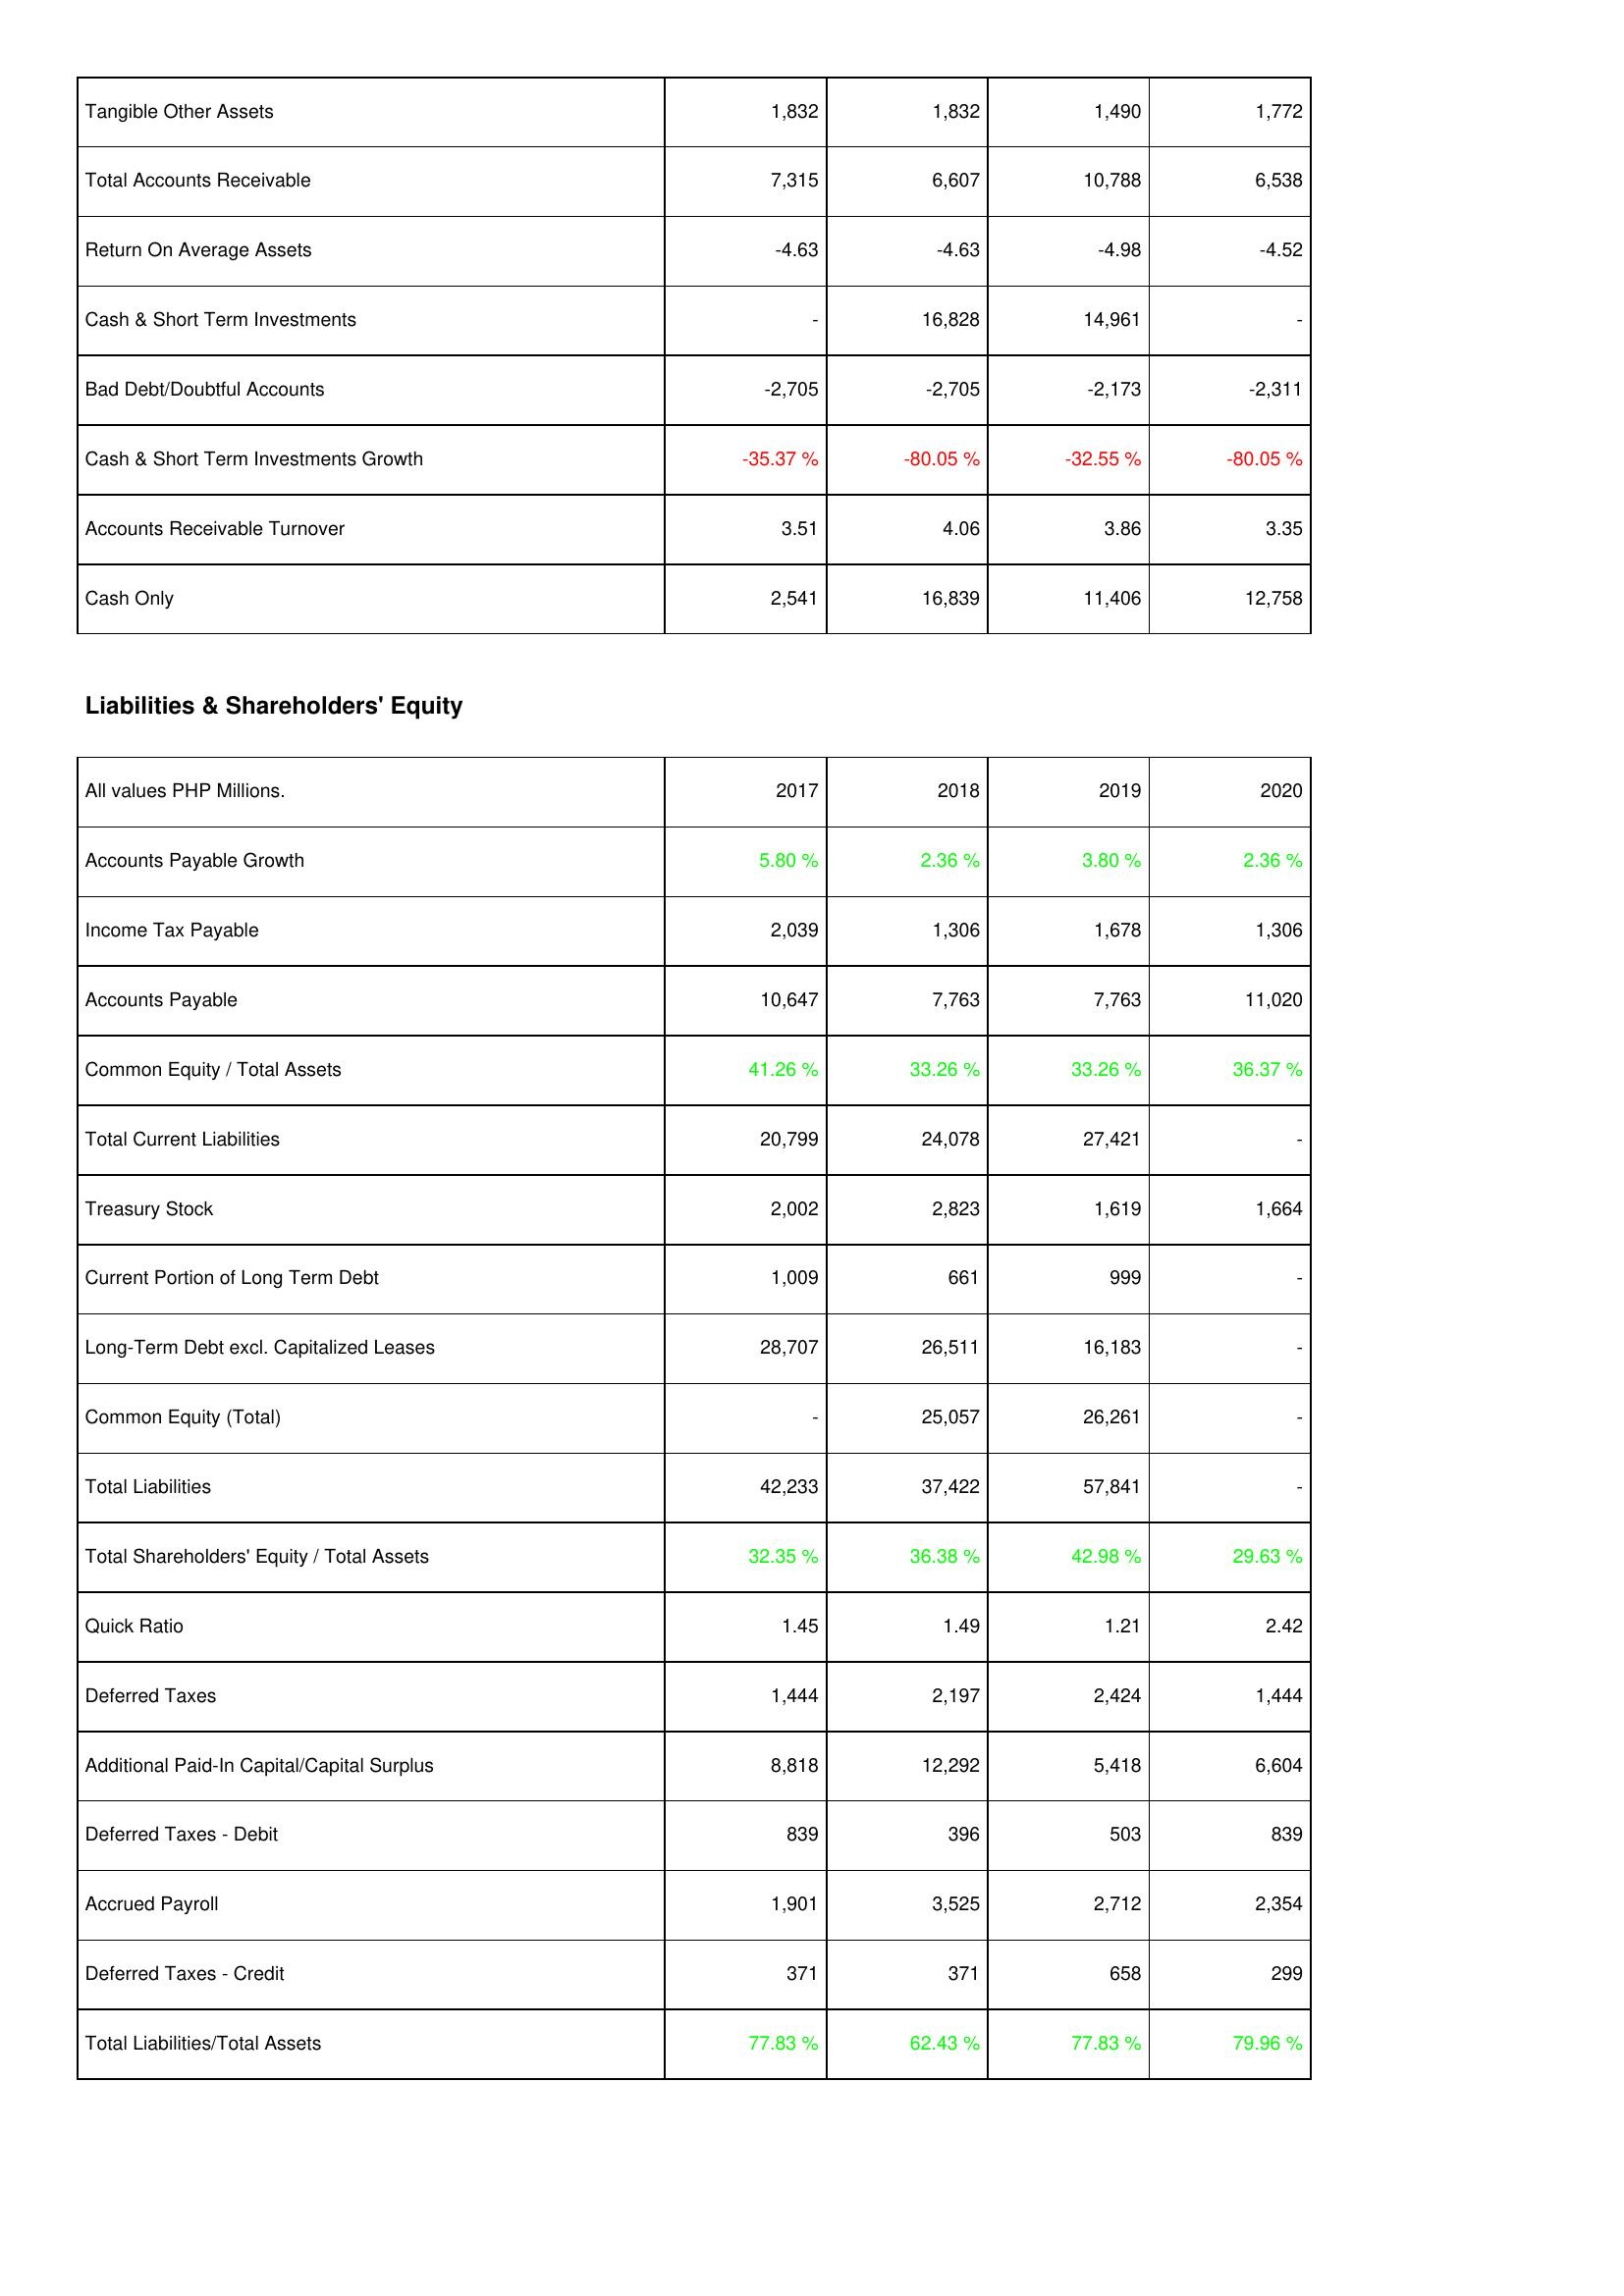
2017: Assets: Tangible Other Assets: 1,832
Total Accounts Receivable: 7,315
Return On Average Assets: -4.63
Cash & Short Term Investments: -
Bad Debt/Doubtful Accounts: -2,705
Cash & Short Term Investments Growth: -35.37 %
Accounts Receivable Turnover: 3.51
Cash Only: 2,541
Liabilities & Shareholders' Equity: Accounts Payable Growth: 5.80 %
Income Tax Payable: 2,039
Accounts Payable: 10,647
Common Equity / Total Assets: 41.26 %
Total Current Liabilities: 20,799
Treasury Stock: 2,002
Current Portion of Long Term Debt: 1,009
Long-Term Debt excl. Capitalized Leases: 28,707
Common Equity (Total): -
Total Liabilities: 42,233
Total Shareholders' Equity / Total Assets: 32.35 %
Quick Ratio: 1.45
Deferred Taxes: 1,444
Additional Paid-In Capital/Capital Surplus: 8,818
Deferred Taxes - Debit: 839
Accrued Payroll: 1,901
Deferred Taxes - Credit: 371
Total Liabilities/Total Assets: 77.83 %
2018: Assets: Tangible Other Assets: 1,832
Total Accounts Receivable: 6,607
Return On Average Assets: -4.63
Cash & Short Term Investments: 16,828
Bad Debt/Doubtful Accounts: -2,705
Cash & Short Term Investments Growth: -80.05 %
Accounts Receivable Turnover: 4.06
Cash Only: 16,839
Liabilities & Shareholders' Equity: Accounts Payable Growth: 2.36 %
Income Tax Payable: 1,306
Accounts Payable: 7,763
Common Equity / Total Assets: 33.26 %
Total Current Liabilities: 24,078
Treasury Stock: 2,823
Current Portion of Long Term Debt: 661
Long-Term Debt excl. Capitalized Leases: 26,511
Common Equity (Total): 25,057
Total Liabilities: 37,422
Total Shareholders' Equity / Total Assets: 36.38 %
Quick Ratio: 1.49
Deferred Taxes: 2,197
Additional Paid-In Capital/Capital Surplus: 12,292
Deferred Taxes - Debit: 396
Accrued Payroll: 3,525
Deferred Taxes - Credit: 371
Total Liabilities/Total Assets: 62.43 %
2019: Assets: Tangible Other Assets: 1,490
Total Accounts Receivable: 10,788
Return On Average Assets: -4.98
Cash & Short Term Investments: 14,961
Bad Debt/Doubtful Accounts: -2,173
Cash & Short Term Investments Growth: -32.55 %
Accounts Receivable Turnover: 3.86
Cash Only: 11,406
Liabilities & Shareholders' Equity: Accounts Payable Growth: 3.80 %
Income Tax Payable: 1,678
Accounts Payable: 7,763
Common Equity / Total Assets: 33.26 %
Total Current Liabilities: 27,421
Treasury Stock: 1,619
Current Portion of Long Term Debt: 999
Long-Term Debt excl. Capitalized Leases: 16,183
Common Equity (Total): 26,261
Total Liabilities: 57,841
Total Shareholders' Equity / Total Assets: 42.98 %
Quick Ratio: 1.21
Deferred Taxes: 2,424
Additional Paid-In Capital/Capital Surplus: 5,418
Deferred Taxes - Debit: 503
Accrued Payroll: 2,712
Deferred Taxes - Credit: 658
Total Liabilities/Total Assets: 77.83 %
2020: Assets: Tangible Other Assets: 1,772
Total Accounts Receivable: 6,538
Return On Average Assets: -4.52
Cash & Short Term Investments: -
Bad Debt/Doubtful Accounts: -2,311
Cash & Short Term Investments Growth: -80.05 %
Accounts Receivable Turnover: 3.35
Cash Only: 12,758
Liabilities & Shareholders' Equity: Accounts Payable Growth: 2.36 %
Income Tax Payable: 1,306
Accounts Payable: 11,020
Common Equity / Total Assets: 36.37 %
Total Current Liabilities: -
Treasury Stock: 1,664
Current Portion of Long Term Debt: -
Long-Term Debt excl. Capitalized Leases: -
Common Equity (Total): -
Total Liabilities: -
Total Shareholders' Equity / Total Assets: 29.63 %
Quick Ratio: 2.42
Deferred Taxes: 1,444
Additional Paid-In Capital/Capital Surplus: 6,604
Deferred Taxes - Debit: 839
Accrued Payroll: 2,354
Deferred Taxes - Credit: 299
Total Liabilities/Total Assets: 79.96 %